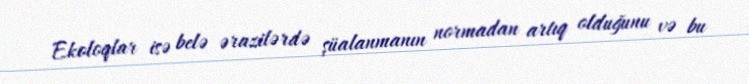
Ekoloqlar isə belə ərazilərdə şüalanmanın normadan artıq olduğunu və bu